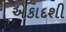
એકાદશી